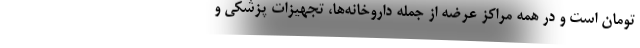
تومان است و در همه مراکز عرضه از جمله داروخانه‌ها، تجهیزات پزشکی و